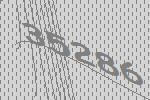
35286